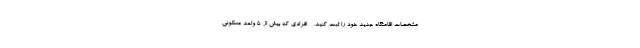
مشخصات اقامتگاه جدید خود را ثبت کنید. - افرادی که بیش از ۵ واحد مسکونی